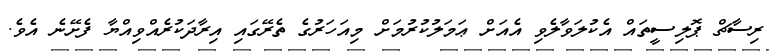
ރިސާޗް ޕޮލިސީތައް އެކުލަވާލެވި އެއަށް ޢަމަލުކުރުމަށް މިއަހަރުގެ ތެރޭގައި އިރާދަކުރެއްވިއްޔާ ފެށޭނެ އެވެ.